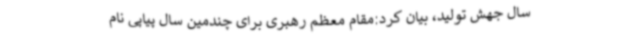
سال جهش تولید، بیان کرد:مقام معظم رهبری برای چندمین سال پیاپی نام